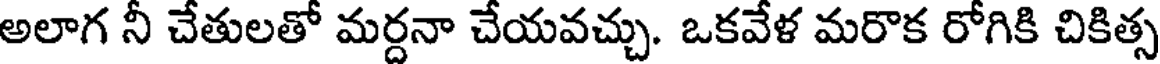
అలాగ నీ చేతులతో మర్దనా చేయవచ్చు. ఒకవేళ మరొక రోగికి చికిత్స